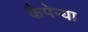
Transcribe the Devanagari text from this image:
कैपेन्या